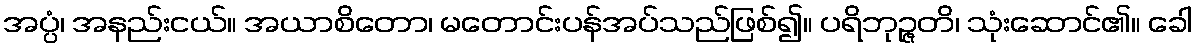
အပ္ပံ၊ အနည်းငယ်။ အယာစိတော၊ မတောင်းပန်အပ်သည်ဖြစ်၍။ ပရိဘုဉ္ဇတိ၊ သုံးဆောင်၏။ ခေါ